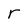
Character: r